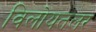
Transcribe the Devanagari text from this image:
विलोयतलर